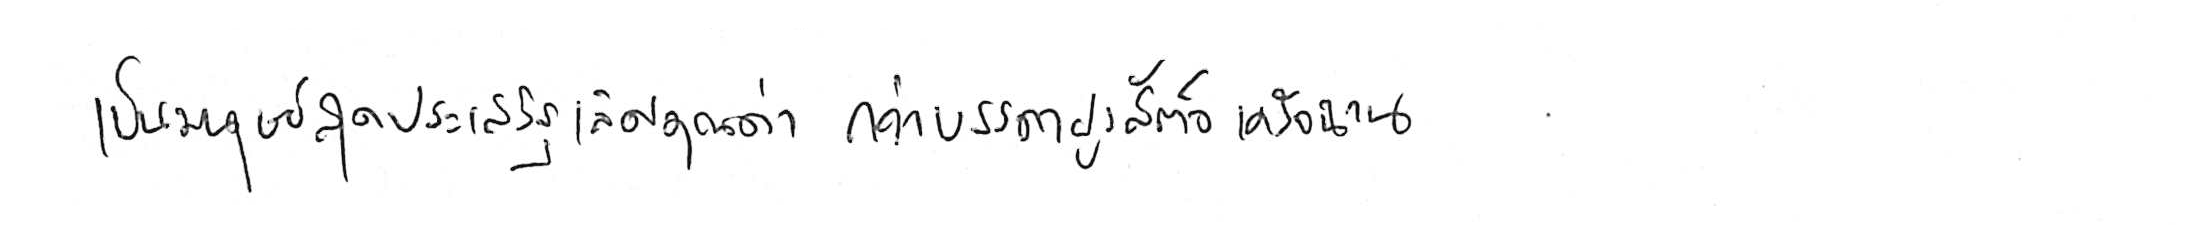
เป็นมนุษย์สุดประเสริฐเลิศคุณค่า กว่าบรรดาฝูงสัตว์เดรัจฉาน